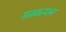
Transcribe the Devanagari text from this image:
सम्बन्धन